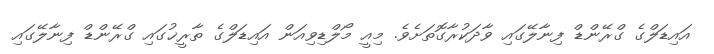
އައިޑަލްގެ ގްރޭންޑް ފިނާލޭގައި ވާދަކުރާގޮތަށެވެ. މިއީ މޯލްޑިވިއަން އައިޑަލްގެ ތާރީޚުގައި ގްރޭންޑް ފިނާލޭގައި